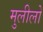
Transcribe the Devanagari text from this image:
मुलीलो